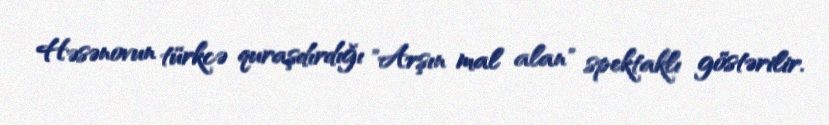
Həsənovun türkcə quraşdırdığı "Arşın mal alan" spektaklı göstərilir.